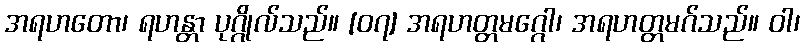
အရဟတော၊ ရဟန္တာ ပုဂ္ဂိုလ်သည်။ [၀၇] အရဟတ္တမဂ္ဂေါ၊ အရဟတ္တမဂ်သည်။ ဝါ၊